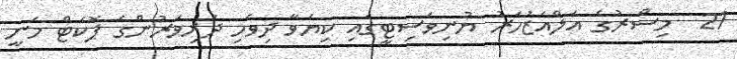
21  މިސްރުގެ އަލްއަޒުހަރު ޔުނިވަސިޓީގައި ކިޔަވާ ދިވެހި ދަރިވަރުންގެ ޕޮކެޓް މަނީ